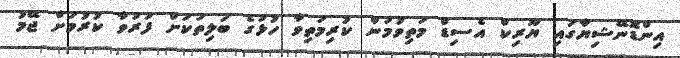
އިންޑޮނޭޝިޔާގައި ޔޫރިކް އެސިޑް މަތިވުމުން ކުރިމަތިވާ ހުޅުގެ ބަލިތަކަށް ފަރުވާ ކުރުމަށް ޖޭމު